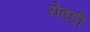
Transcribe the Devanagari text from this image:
रोवड़ी